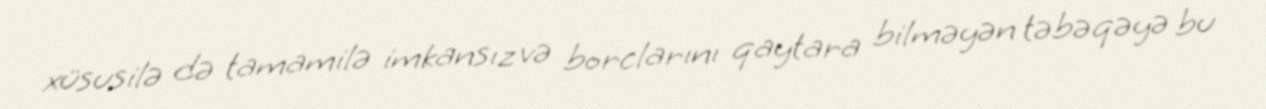
xüsusilə də tamamilə imkansız və borclarını qaytara bilməyən təbəqəyə bu